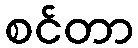
စင်တာ